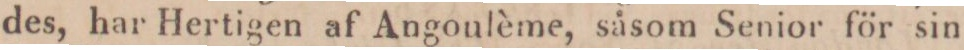
des, har Hertigen af Angoulème, såsom Senior för sin